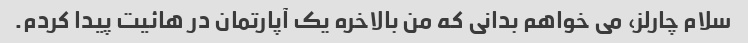
سلام چارلز، می خواهم بدانی که من بالاخره یک آپارتمان در هائیت پیدا کردم.